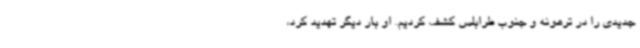
جدیدی را در ترهونه و جنوب طرابلس کشف کردیم. او بار دیگر تهدید کرد،